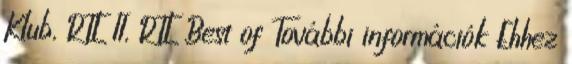
Klub, RTL II, RTL Best of További információk Ehhez